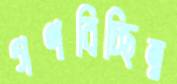
গণবিচ্ছিন্ন